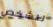
للشخص